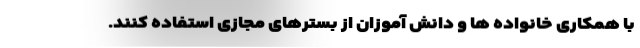
با همکاری خانواده ها و دانش آموزان از بسترهای مجازی استفاده کنند.